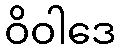
ဝိဝါဒေ